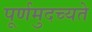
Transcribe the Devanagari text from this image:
पूर्णमुदच्यते